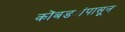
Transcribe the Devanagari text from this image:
कोंबड्यांपासून